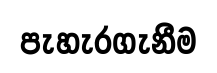
පැහැරගැනීම